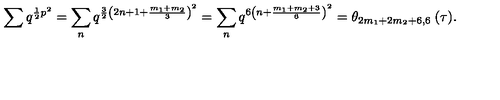
\sum q ^ { \frac { 1 } { 2 } p ^ { 2 } } = \sum _ { n } q ^ { \frac { 3 } { 2 } \left( 2 n + 1 + \frac { m _ { 1 } + m _ { 2 } } { 3 } \right) ^ { 2 } } = \sum _ { n } q ^ { 6 \left( n + \frac { m _ { 1 } + m _ { 2 } + 3 } { 6 } \right) ^ { 2 } } = \theta _ { 2 m _ { 1 } + 2 m _ { 2 } + 6 , 6 } \: ( \tau ) .